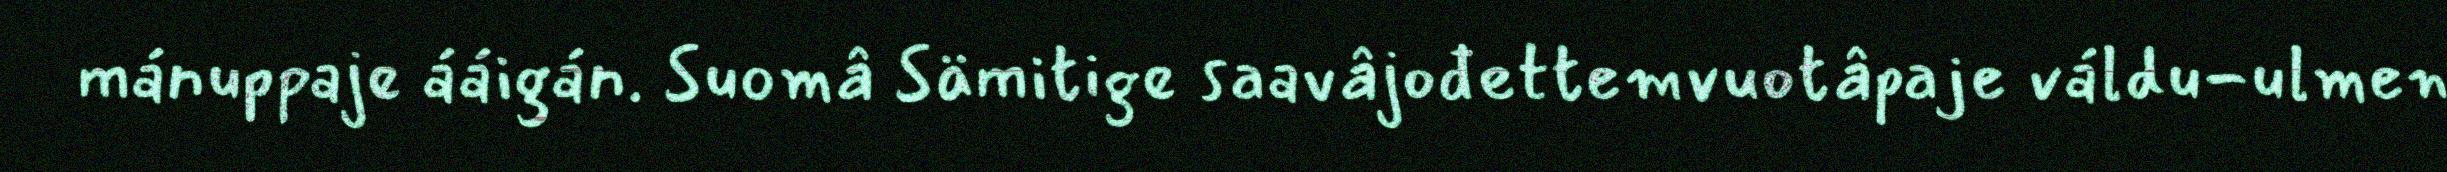
mánuppaje ááigán. Suomâ Sämitige saavâjođettemvuotâpaje váldu-ulmen